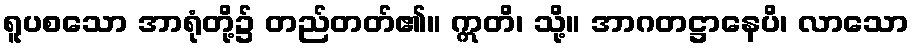
ရူပစသော အာရုံတို့၌ တည်တတ်၏။ ဣတိ၊ သို့။ အာဂတဋ္ဌာနေပိ၊ လာသော